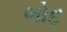
ભોદ